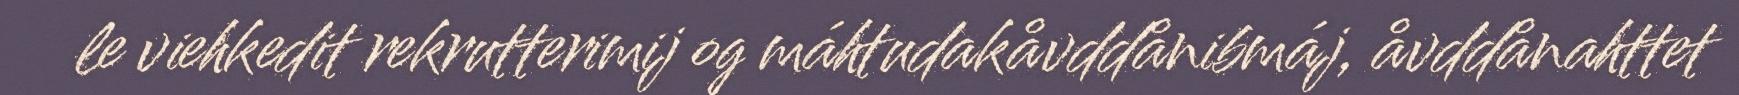
le viehkedit rekrutterimij og máhtudakåvddånibmáj, åvddånahttet